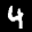
Label: 4